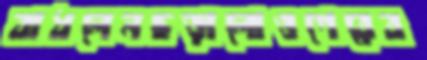
বাধলেনছড়ালোওগেরেব